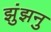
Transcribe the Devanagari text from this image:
झुंझनु